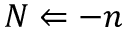
N \Leftarrow - n